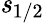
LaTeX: {\mathit{s}}_{1/2}